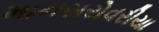
માનસરોવરીયા